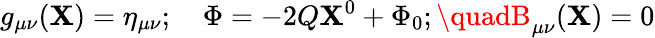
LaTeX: g_{\mu\nu}(\mathbf{X})=\eta_{\mu\nu};\quad\Phi=-2Q\mathbf{X}^{0}+\Phi_{0};\quadB_{\mu\nu}(\mathbf{X})=0